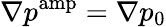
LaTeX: \nabla p^{\mathrm{amp}}=\nabla p_{0}